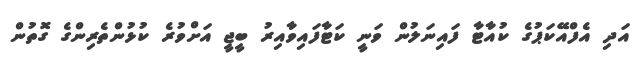
އަދި އެފްއޭކަޕުގެ ކުއާޓާ ފައިނަލުން ވަނީ ކަޓާފައިވާއިރު ބީޖީ އަށްވުރެ ކުޅުންތެރިންގެ ގޮތުން